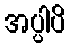
အပ္ပါပိ